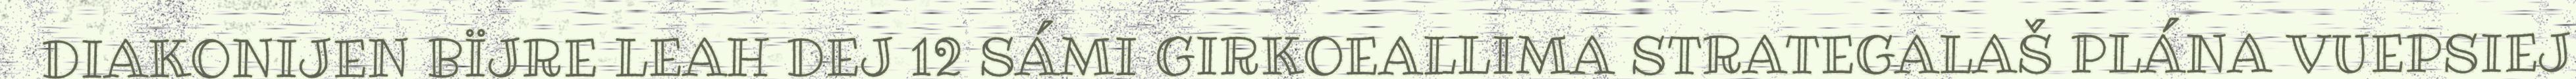
DIAKONIJEN BÏJRE LEAH DEJ 12 SÁMI GIRKOEALLIMA STRATEGALAŠ PLÁNA VUEPSIEJ